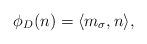
LaTeX: \begin{align*} \phi_D(n)=\langle m_\sigma,n\rangle, \end{align*}